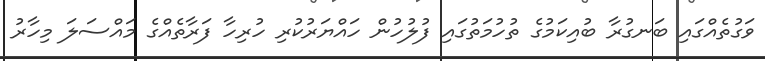
ވަގުތެއްގައި ބަނގުރާ ބުއިކަމުގެ ތުހުމަތުގައި ފުލުހުން ހައްޔަރުކުރި ހުރިހާ ފަރާތެއްގެ މައްސަލަ މިހާރު